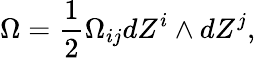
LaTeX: \Omega=\frac{1}{2}\Omega_{ij}dZ^{i}\wedge dZ^{j},